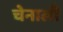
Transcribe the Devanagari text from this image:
चेनाली